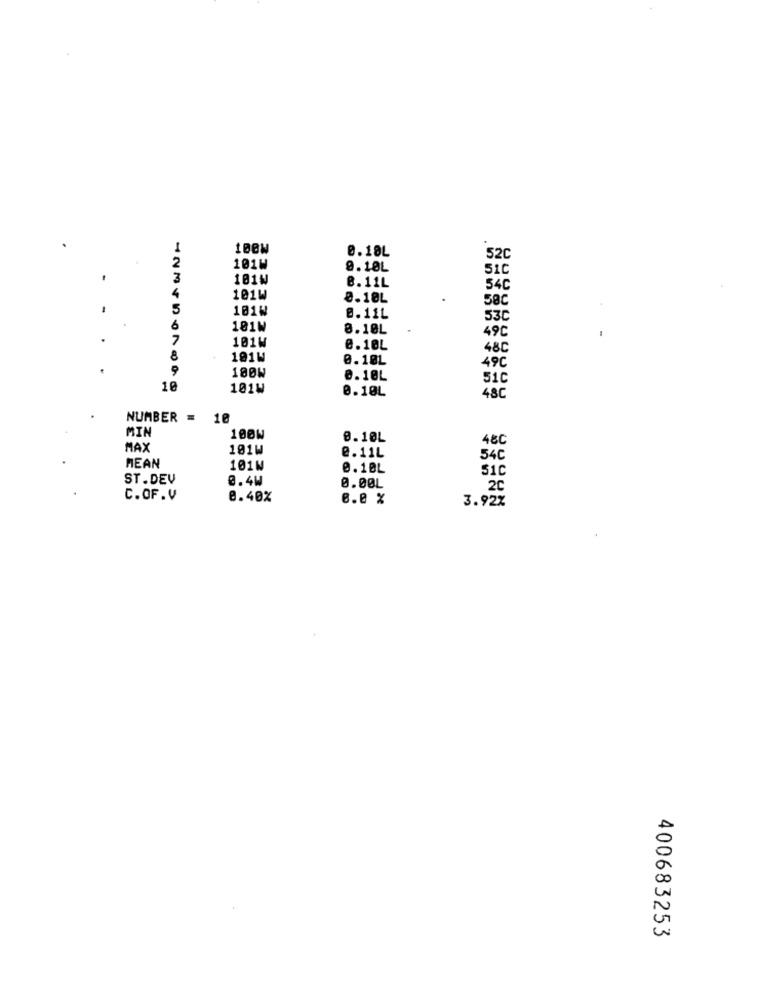
I
0.18L
2
52C
101W
9.10L
510
3
101W
8.11L
54C
101W
0.10L
58C
5
101W
B.11L
530
101W
8.10L
49C
7
101W
0.10L
48C
8
191W
0.10L
9
100W
49C
0.10L
51C
10
101W
0.10L
48C
NUMBER = 10
MIN
100W
0.10L
4&C
MAX
101W
2.11L
54C
MEAN
101N
0.1BL
51C
ST.DEV
0.4W
0.00L
2C
C.OF.V
8.40%
0.0 %
3.92%
400683253